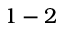
1 - 2